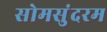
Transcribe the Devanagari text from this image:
सोमसुंदरम